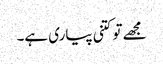
مجھے تو کتنی پیاری ہے۔